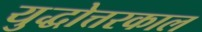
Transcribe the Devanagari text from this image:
युद्धोत्तरकाल